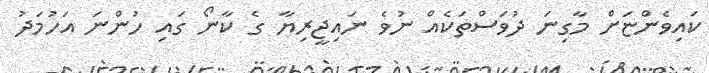
ކައިވެންޏަށް މާގިނަ ދުވަސްތަކެއް ނުވެ ނައިޖީރިޔާ ގެ ކާނޯ ގައި ހުންނަ އަހުމަދު